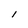
Character: l